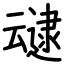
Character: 叇